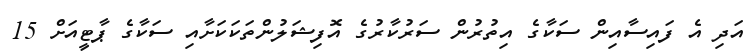
އަދި އެ ފައިސާއިން ސަކާގެ އިތުރުން ސަރުކާރުގެ އޮފިޝަލުންތަކަކަށާއި ސަކާގެ ޕާޓީއަށް 15